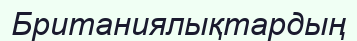
Британиялықтардың